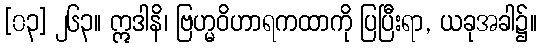
[၀၃] ၂၆၃။ ဣဒါနိ၊ ဗြဟ္မဝိဟာရကထာကို ပြပြီးရာ, ယခုအခါ၌။